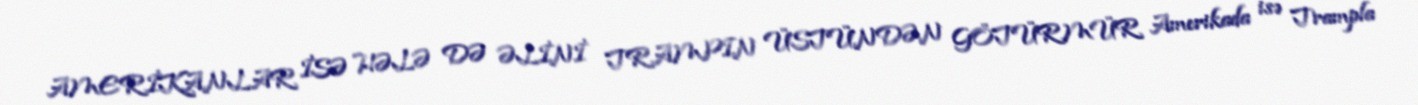
AMERİKANLAR İSƏ HƏLƏ DƏ ƏLİNİ TRAMPIN ÜSTÜNDƏN GÖTÜRMÜR Amerikada isə Trampla